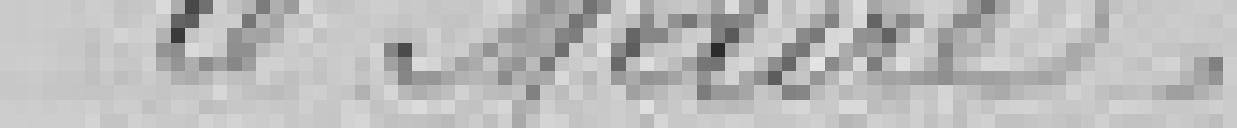
Le Maire